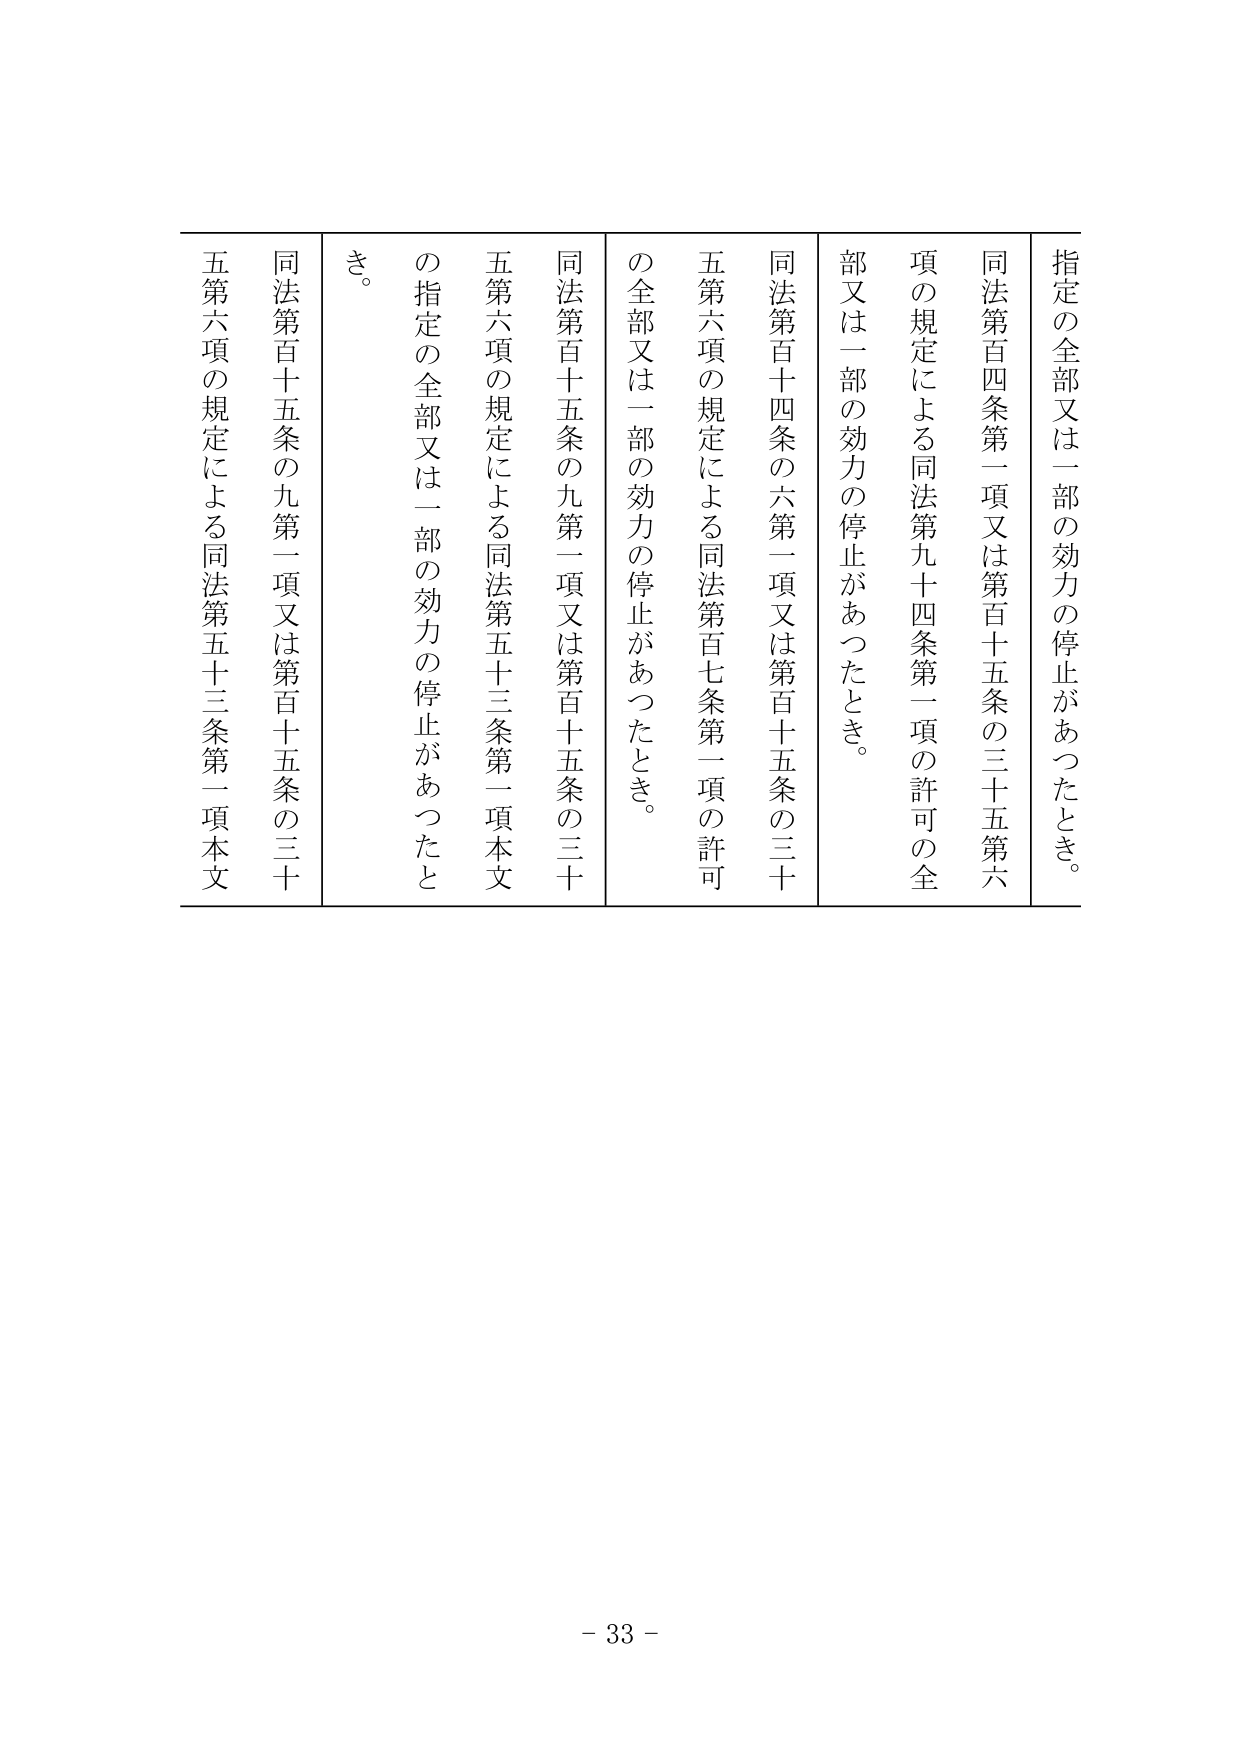
指定の全部又は一部の効力の停止があったとき。

同法第百四条第一項又は第百十五条の三十五第六項の規定による同法第九十四条第一項の許可の全部又は一部の効力の停止があったとき。

同法第百十四条の六第一項又は第百十五条の三十五第六項の規定による同法第百七条第一項の許可の全部又は一部の効力の停止があったとき。

同法第百十五条の九第一項又は第百十五条の三十五第六項の規定による同法第五十三条第一項本文の指定の全部又は一部の効力の停止があったとき。

同法第百十五条の九第一項又は第百十五条の三十五第六項の規定による同法第五十三条第一項本文の指定の全部又は一部の効力の停止があったとき。

- 33 -